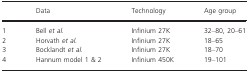
|  | Data | Technology | Age group |
 | --- | --- | --- | --- |
 | 1 | Bell et al. | Infinium 27K | 32–80, 20–61 |
 | 2 | Horvath et al. | Infinium 27K | 18–65 |
 | 3 | Bocklandt et al. | Infinium 27K | 18–70 |
 | 4 | Hannum model 1 & 2 | Infinium 450K | 19–101 |